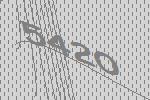
5420